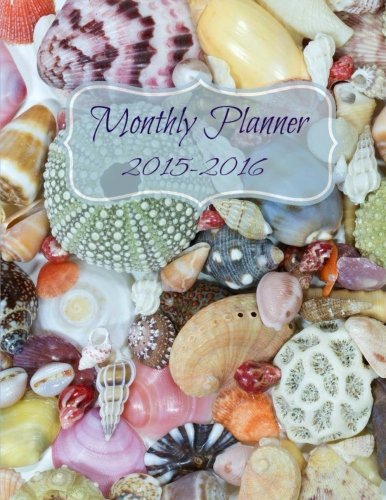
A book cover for Monthly Planner 2015 to 2016 (Simple and Elegant Planners-Nature Scenes ) (Volume 9); Creative Journals and Planners; Business & Money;